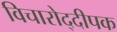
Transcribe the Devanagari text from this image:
विचारोद्दीपक